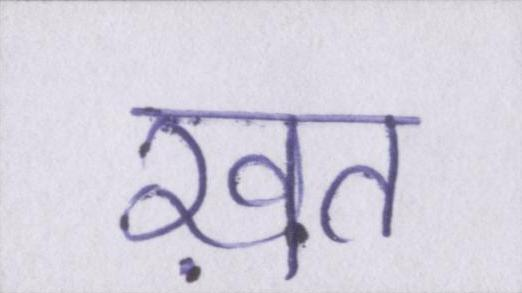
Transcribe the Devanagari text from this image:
ख़त